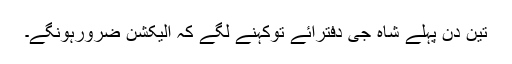
تین دن پہلے شاہ جی دفترآئے توکہنے لگے کہ الیکشن ضرورہونگے۔